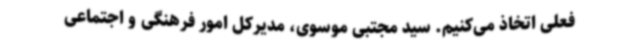
فعلی اتخاذ می‌کنیم. سید مجتبی موسوی، مدیرکل امور فرهنگی و اجتماعی